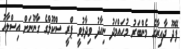
ފޭދޫ ދާއިރާގެ މެންބަރު މުހައްމަދު ނިހާދު ވިދާޅުވީ ޕްރީ ސްކޫލްގެ ގާނޫނަށް އިސްލާހު